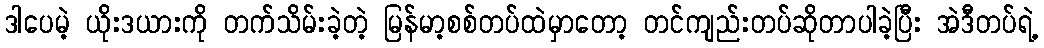
ဒါပေမဲ့ ယိုးဒယားကို တက်သိမ်းခဲ့တဲ့ မြန်မာ့စစ်တပ်ထဲမှာတော့ တင်ကျည်းတပ်ဆိုတာပါခဲ့ပြီး အဲဒီတပ်ရဲ့